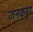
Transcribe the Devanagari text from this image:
जनकपूर